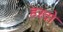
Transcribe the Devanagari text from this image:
हरदो